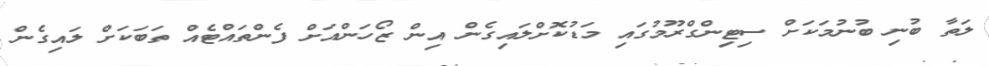
ލަތާ ބުނި ބުނުމަކަށް ސިޓިންގްރޫމުގައި މަޑުކޮށްލައިގެން އިން ޒޯހަންއަށް ފެންތައްޓެއް ތަބަކަށް ލައިގެން